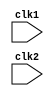
module mips32(clk1 , clk2);

	input clk1 ;
	input clk2;
	reg [31:0] PC ;
	reg [31:0] IF_ID_IR ;
	reg [31:0] IF_ID_NPC;
	reg [31:0] ID_EX_IR;
	reg [31:0] ID_EX_NPC;
	reg [31:0] ID_EX_A;
	reg [31:0] ID_EX_B;
	reg [31:0] ID_EX_Imm;
	reg [2:0] ID_EX_type;
	reg [2:0] EX_MEM_type;
	reg [2:0] MEM_WB_type;
	reg [31:0] EX_MEM_IR;
	reg [31:0] EX_MEM_ALUOut;
	reg [31:0] EX_MEM_B;
	reg EX_MEM_cond;
	reg [31:0] MEM_WB_IR;
	reg [31:0] MEM_WB_ALUOut;
	reg [31:0] MEM_WB_LMD;

	reg [31:0] Reg [0:31];
	reg [31:0] Mem [0:1023];

	parameter ADD=6'b000000;
	parameter SUB=6'b000001;
	parameter AND=6'b000010;
	parameter OR=6'b000011;
	parameter SLT=6'b000100;
	parameter MUL=6'b000101;
	parameter HLT=6'b111111;
	parameter LW=6'b001000;
	parameter SW=6'b001001;
	parameter ADDI=6'b001010;
	parameter SUBI=6'b001011;
	parameter SLTI=6'b001100;
	parameter BNEQZ=6'b001101;
	parameter BEQZ=6'b001110; 

	parameter RR_ALU= 3'b000;
	parameter RM_ALU=3'b001;
	parameter LOAD=3'b010;
	parameter STORE=3'b011;
	parameter BRANCH=3'b100;
	parameter HALT=3'b101;

	reg HALTED;			//set after HALted instrcn
	reg TAKEN_BRANCH;	//req to disable instrcn after branch

	always @(posedge clk1)   //IF stage
		if(HALTED == 0)
			begin
				if(((EX_MEM_IR[31:26] == BEQZ) && (EX_MEM_cond == 1)) || ((EX_MEM_IR[31:26] == BNEQZ) && (EX_MEM_cond == 0)))
					begin
						IF_ID_IR <= #2 Mem[EX_MEM_ALUOut];
						TAKEN_BRANCH <= #2 1'b1;
						IF_ID_NPC <= #2 EX_MEM_ALUOut + 1;
						PC <= #2 EX_MEM_ALUOut + 1;
					end
					
				else
					begin
						IF_ID_IR <= #2 Mem[PC];
						IF_ID_NPC <= #2 PC + 1;
						PC <= #2 PC + 1;
					end
			end

	always @(posedge clk2)    //ID Stage
		if(HALTED == 0)
			begin
				if(IF_ID_IR[25:21] == 5'b00000)
					ID_EX_A <= 0;
					
				else
					ID_EX_A <= #2 Reg[IF_ID_IR[25:21]];  //rs
					
				if(IF_ID_IR[20:16] == 5'b00000)
					ID_EX_B <= 0;
					
				else
					ID_EX_B <= #2 Reg[IF_ID_IR[20:16]];   //rt
					
				ID_EX_NPC <= #2 IF_ID_NPC;
				ID_EX_IR <= #2 IF_ID_IR;
				ID_EX_Imm <= #2 {{16{IF_ID_IR[15]}} , {IF_ID_IR[15:0]}};
				
				case(IF_ID_IR[31:26])
					ADD: ID_EX_type <= #2 RR_ALU;
					SUB: ID_EX_type <= #2 RR_ALU;
					AND: ID_EX_type <= #2 RR_ALU;
					OR: ID_EX_type <= #2 RR_ALU;
					SLT: ID_EX_type <= #2 RR_ALU;
					MUL: ID_EX_type <= #2 RR_ALU;
					ADDI: ID_EX_type <= #2 RM_ALU;
					SUBI: ID_EX_type <= #2 RM_ALU;
					SLTI: ID_EX_type <= #2 RM_ALU;
					LW: ID_EX_type <= #2 LOAD;
					SW: ID_EX_type <= #2 STORE;
					BNEQZ: ID_EX_type <= #2 BRANCH;
					BEQZ: ID_EX_type <= #2 BRANCH;
					HLT:  ID_EX_type <= #2 HALT;
					default:  ID_EX_type <= #2 HALT;
					
				endcase	
					
			end
			
	always @(posedge clk1)  //EX stage
	if(HALTED == 0)
			begin
				EX_MEM_type <= #2 ID_EX_type;
				EX_MEM_IR <= #2 ID_EX_IR;
				TAKEN_BRANCH <= #2 0;
				
				case(ID_EX_type)
					RR_ALU:begin
						case(ID_EX_IR[31:26]) //opcode
							
							ADD: EX_MEM_ALUOut <= #2 ID_EX_A + ID_EX_B;
							SUB: EX_MEM_ALUOut <= #2 ID_EX_A - ID_EX_B;
							AND: EX_MEM_ALUOut <= #2 ID_EX_A & ID_EX_B;
							OR : EX_MEM_ALUOut <= #2 ID_EX_A | ID_EX_B;
							SLT: EX_MEM_ALUOut <= #2 ID_EX_A < ID_EX_B;
							MUL: EX_MEM_ALUOut <= #2 ID_EX_A * ID_EX_B;
							default: EX_MEM_ALUOut <= #2 32'hxxxx;
							endcase
							end
							
					RM_ALU: begin
								case (ID_EX_IR[31:26]) 
								ADDI: EX_MEM_ALUOut <= #2 ID_EX_A + ID_EX_Imm;
								SUBI: EX_MEM_ALUOut <= #2 ID_EX_A - ID_EX_Imm;
								SLTI: EX_MEM_ALUOut <= #2 ID_EX_A < ID_EX_Imm;
								default: EX_MEM_ALUOut <= #2 32'hxxxxxxxx;
								endcase
								end	
							
							
						LOAD:
							begin
								EX_MEM_ALUOut <= #2 ID_EX_A + ID_EX_Imm;
								EX_MEM_B <= #2 ID_EX_B;
							end
							
							
						STORE:
							begin
								EX_MEM_ALUOut <= #2 ID_EX_A + ID_EX_Imm;
								EX_MEM_B <= #2 ID_EX_B;
							end

						BRANCH:
							begin
								EX_MEM_ALUOut <= #2 ID_EX_NPC + ID_EX_Imm;
								EX_MEM_B <= #2 (ID_EX_A == 0);	
							end
				endcase
			end
			
	always @(posedge clk2)    //MEM stage
	if(HALTED ==0)
			begin
				MEM_WB_type <= EX_MEM_type;
				MEM_WB_IR <= #2 EX_MEM_IR;
				
					case (EX_MEM_type)
					
					RR_ALU : MEM_WB_ALUOut <= #2 EX_MEM_ALUOut;
					RM_ALU : MEM_WB_ALUOut <= #2 EX_MEM_ALUOut;
					LOAD : MEM_WB_LMD <= #2 Mem[EX_MEM_ALUOut];
					STORE : if(TAKEN_BRANCH == 0)    //disable write
										Mem[EX_MEM_ALUOut] <= EX_MEM_B;
					endcase					
			end
			
			
	always @(posedge clk1)       //WB stage
			begin
				if(TAKEN_BRANCH == 0)    //disable write if branch taken
				case(MEM_WB_type)
					RR_ALU: Reg[MEM_WB_IR[15:11]] <= #2 MEM_WB_ALUOut;  //rd
					RM_ALU: Reg[MEM_WB_IR[20:16]] <= #2 MEM_WB_ALUOut;  //rt
					LOAD: Reg[MEM_WB_IR[20:16]] <= #2 MEM_WB_LMD;   //rt
					HALT : HALTED <= #2 1'b1;
				endcase	
			end


	endmodule